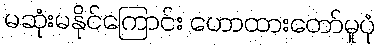
မဆုံးမနိုင်ကြောင်း ဟောထားတော်မူပုံ